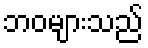
ဘဝများသည်